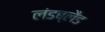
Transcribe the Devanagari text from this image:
लंडब्लैड